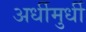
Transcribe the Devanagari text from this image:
अर्धीमुर्धी